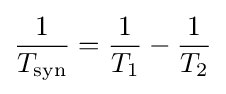
{\frac {1}{T_{\mathrm {syn} }}}={\frac {1}{T_{1}}}-{\frac {1}{T_{2}}}